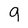
Character: q